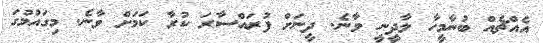
އެއްޗެއް ބުނާމީހާ ލާދީނީ ވާނެ. ދީނަށް ފުރައްސާރަ ކުރާ ކަމަށް ވާނެ. މިގައުމުގަ